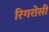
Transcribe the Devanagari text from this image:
रिगरोसी